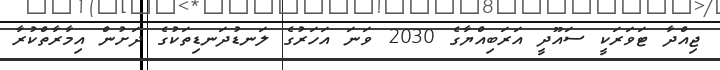
ޖިއްދާ ޓަވަރަކީ ސައޫދީ އަރަބިއްޔާގެ 2030 ވަނަ އަހަރުގެ ލަނޑުދަނޑިތަކުގެ ދަށުން އިމާރާތްކުރާ